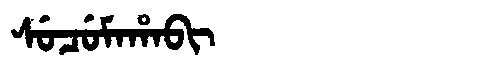
Manchu: ᠰᡠᠴᡠᠮᠠᡥᠠᠪᡳ
Romanization: SUCUMAHABI